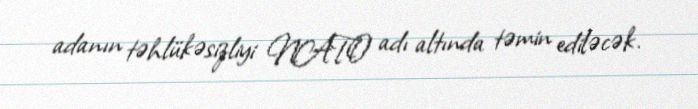
adanın təhlükəsizliyi NATO adı altında təmin ediləcək.